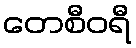
တေစီဝရီ